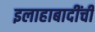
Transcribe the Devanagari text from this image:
इलाहाबादींची